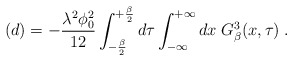
\begin{align*}(d)= - \frac{\lambda^2 \phi_0^2}{12} \int_{- \frac {\beta} {2}}^{+\frac {\beta} {2}} d \tau \int_{-\infty}^{+\infty} dx \; G^3_{\beta} (x, \tau) \; .\end{align*}